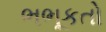
ભભૂકતો